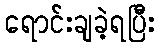
ရောင်းချခဲ့ရပြီး